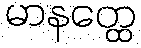
မာနတ္ထေ